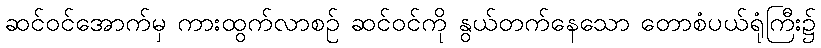
ဆင်ဝင်အောက်မှ ကားထွက်လာစဉ် ဆင်ဝင်ကို နွယ်တက်နေသော တောစံပယ်ရုံကြီး၌